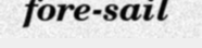
fore-sail